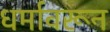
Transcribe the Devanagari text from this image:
धर्मावरून